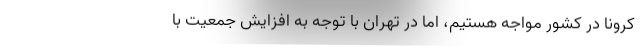
کرونا در کشور مواجه هستیم، اما در تهران با توجه به افزایش جمعیت با